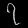
Digit: ၇